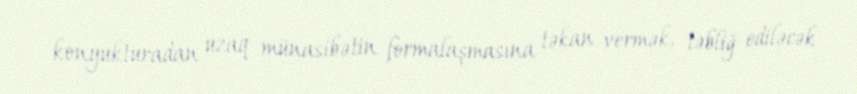
konyukturadan uzaq münasibətin formalaşmasına təkan vermək, təbliğ ediləcək